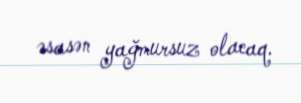
əsasən yağmursuz olacaq.